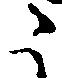
こ